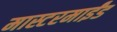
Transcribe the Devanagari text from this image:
मास्टरमाईंड